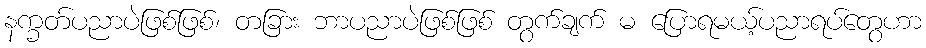
နက္ခတ်ပညာပဲဖြစ်ဖြစ်၊ တခြား ဘာပညာပဲဖြစ်ဖြစ် တွက်ချက် မ ပြောရမယ့်ပညာရပ်တွေဟာ